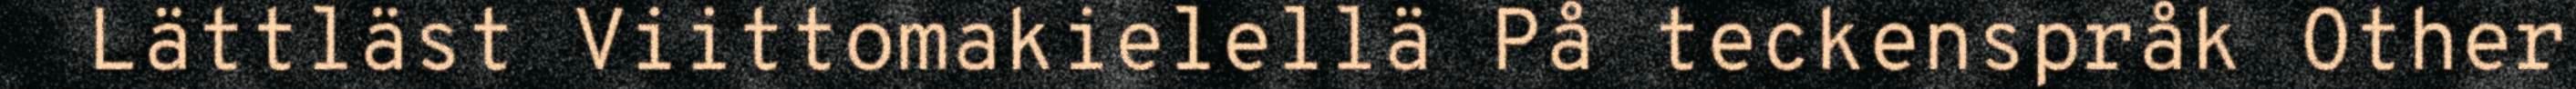
Lättläst Viittomakielellä På teckenspråk Other